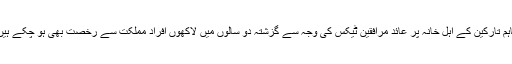
تاہم تارکین کے اہل خانہ پر عائد مرافقین ٹیکس کی وجہ سے گزشتہ دو سالوں میں لاکھوں افراد مملکت سے رخصت بھی ہو چکے ہیں۔